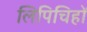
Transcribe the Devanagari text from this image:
लिपिचिहों